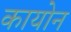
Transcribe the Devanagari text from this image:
कायोन